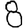
Digit: 8